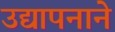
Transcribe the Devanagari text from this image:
उद्यापनाने